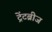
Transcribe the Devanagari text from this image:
ट्रेंटब्रीज